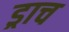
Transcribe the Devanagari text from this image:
ड्राच